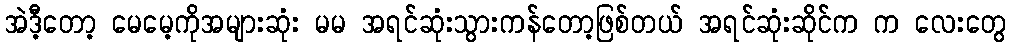
အဲဒီ့တော့ မေမေ့ကိုအများဆုံး မမ အရင်ဆုံးသွားကန်တော့ဖြစ်တယ် အရင်ဆုံးဆိုင်က က လေးတွေ